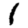
Digit: 1